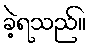
ခဲ့ရသည်။